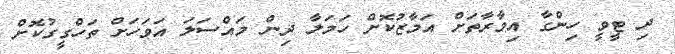
ދި ޓީވީ ހިންގާ އިމާރާތަށް އަމާޒުކޮށް ހަމަލާ ދިން މައްސަލަ އަވަހަށް ތަހްގީގުކޮށް